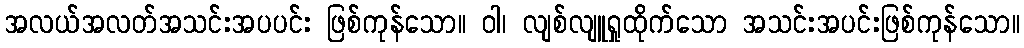
အလယ်အလတ်အသင်းအပပင်း ဖြစ်ကုန်သော။ ဝါ၊ လျစ်လျူရှုထိုက်သော အသင်းအပင်းဖြစ်ကုန်သော။